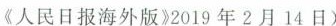
《人民日报海外版》2019年2月14日)